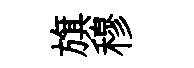
旗穆